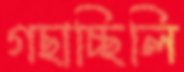
গছাচ্ছিলি